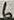
Text: 6